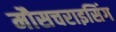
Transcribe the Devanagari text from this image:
मौसचराइसिंग